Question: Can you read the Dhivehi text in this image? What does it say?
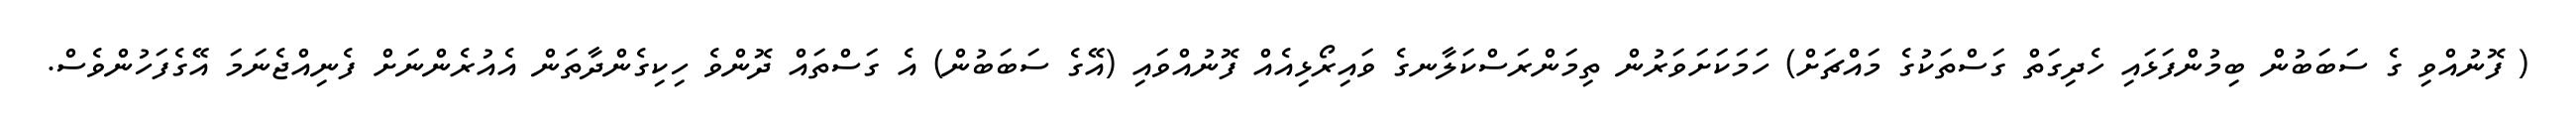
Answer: ( ފޮނުއްވި ގެ ސަބަބުން ބިމުންފަޅައި ހެދިގަތް ގަސްތަކުގެ މައްޗަށް) ހަމަކަށަވަރުން ތިމަންރަސްކަލާނގެ ވައިރޯޅިއެއް ފޮނުއްވައި (އޭގެ ސަބަބުން) އެ ގަސްތައް ދޮންވެ ހިކިގެންދާތަން އެއުރެންނަށް ފެނިއްޖެނަމަ އޭގެފަހުންވެސް.